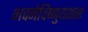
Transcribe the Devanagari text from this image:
भवनेविष्णुयशसः